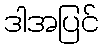
ဒါအပြင်